Indian journal of veterinary science and animal husbandry - Volumes 24-25, 1954-1955
Year: 1954
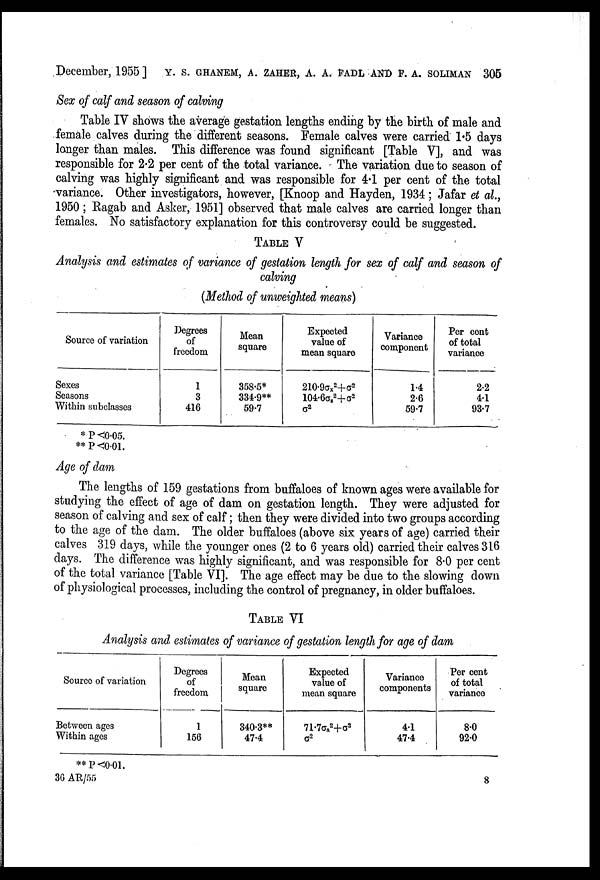
December, 1955 ] Y. S. GHANEM, A. ZAHER, A. A. FADL AND F. A. SOLIMAN 305
Sex of calf and season of calving
Table IV shows the average gestation lengths ending by the birth of male and
female calves during the different seasons. Female calves were carried 1.5 days
longer than males. This difference was found significant [Table V], and was
responsible for 2.2 per cent of the total variance. The variation due to season of
calving was highly significant and was responsible for 4.1 per cent of the total
variance. Other investigators, however, [Knoop and Hayden, 1934; Jafar et al.,
1950; Ragab and Asker, 1951] observed that male calves are carried longer than
females. No satisfactory explanation for this controversy could be suggested.
TABLE V
Analysis and estimates of variance of gestation length for sex of calf and season of
calving
(Method of unweighted means)
Source of variation
Sexes
Seasons
Within subclasses
Degrees
of
freedom
1
3
416
Mean
square
358.5*
334.9**
59.7
Expected
value of
mean square
210.9ΣX 2 +Σ 2
104.6σ x
2 +σ 2
σ 2
Variance
component
1.4
2.6
59.7
Per cent
of total
variance
2.2
4.1
93.7
* P <0.05.
**P <0.01.
Age of dam
The lengths of 159 gestations from buffaloes of known ages were available for
studying the effect of age of dam on gestation length. They were adjusted for
season of calving and sex of calf; then they were divided into two groups according
to the age of the dam. The older buffaloes (above six years of age) carried their
calves 319 days, while the younger ones (2 to 6 years old) carried their calves 316
days. The difference was highly significant, and was responsible for 8.0 per cent
of the total variance [Table VI]. The age effect may be due to the slowing down
of physiological processes, including the control of pregnancy, in older buffaloes.
TABLE VI
Analysis and estimates of variance of gestation length for age of dam
Source of variation
Between ages
Within ages
Degrees
of
freedom
1
156
Mean
square
340.3**
47.4
Expected
value of
mean square
71.7σ a
2 +σ 2
σ 2
Variance
components
4.1
47.4
Percent
of total
variance
8.0
92.0
** P <0.01.
36 AR/55
8